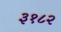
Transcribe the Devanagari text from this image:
३१८२